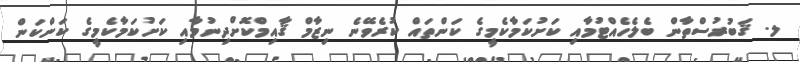
ލ. ޤަބުރުސްތާން ބެލެހެއްޓުމާއި ކަށުކަމާކެމީގެ ކަންތައް ކުރެވޭނެ ނިޒާމް ޤާއިމްކޮށްދިނުމާއި ކަށުކަމާކެމީގެ ކަންކަން